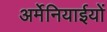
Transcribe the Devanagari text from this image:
अर्मेनियाईयों